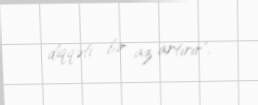
diqqəti bir az artırır".